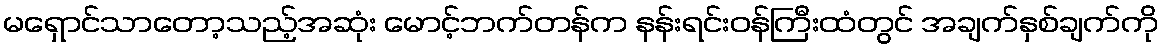
မရှောင်သာတော့သည့်အဆုံး မောင့်ဘက်တန်က နန်းရင်းဝန်ကြီးထံတွင် အချက်နှစ်ချက်ကို